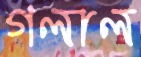
গলাল